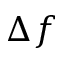
\Delta f